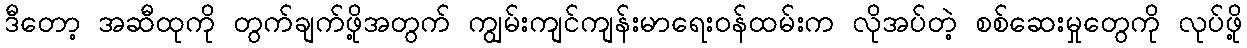
ဒီတော့ အဆီထုကို တွက်ချက်ဖို့အတွက် ကျွမ်းကျင်ကျန်းမာရေးဝန်ထမ်းက လိုအပ်တဲ့ စစ်ဆေးမှုတွေကို လုပ်ဖို့